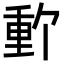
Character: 𬪽